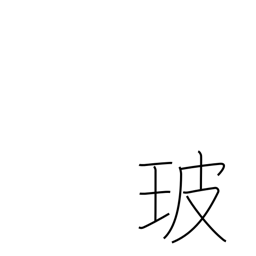
Meaning: glass